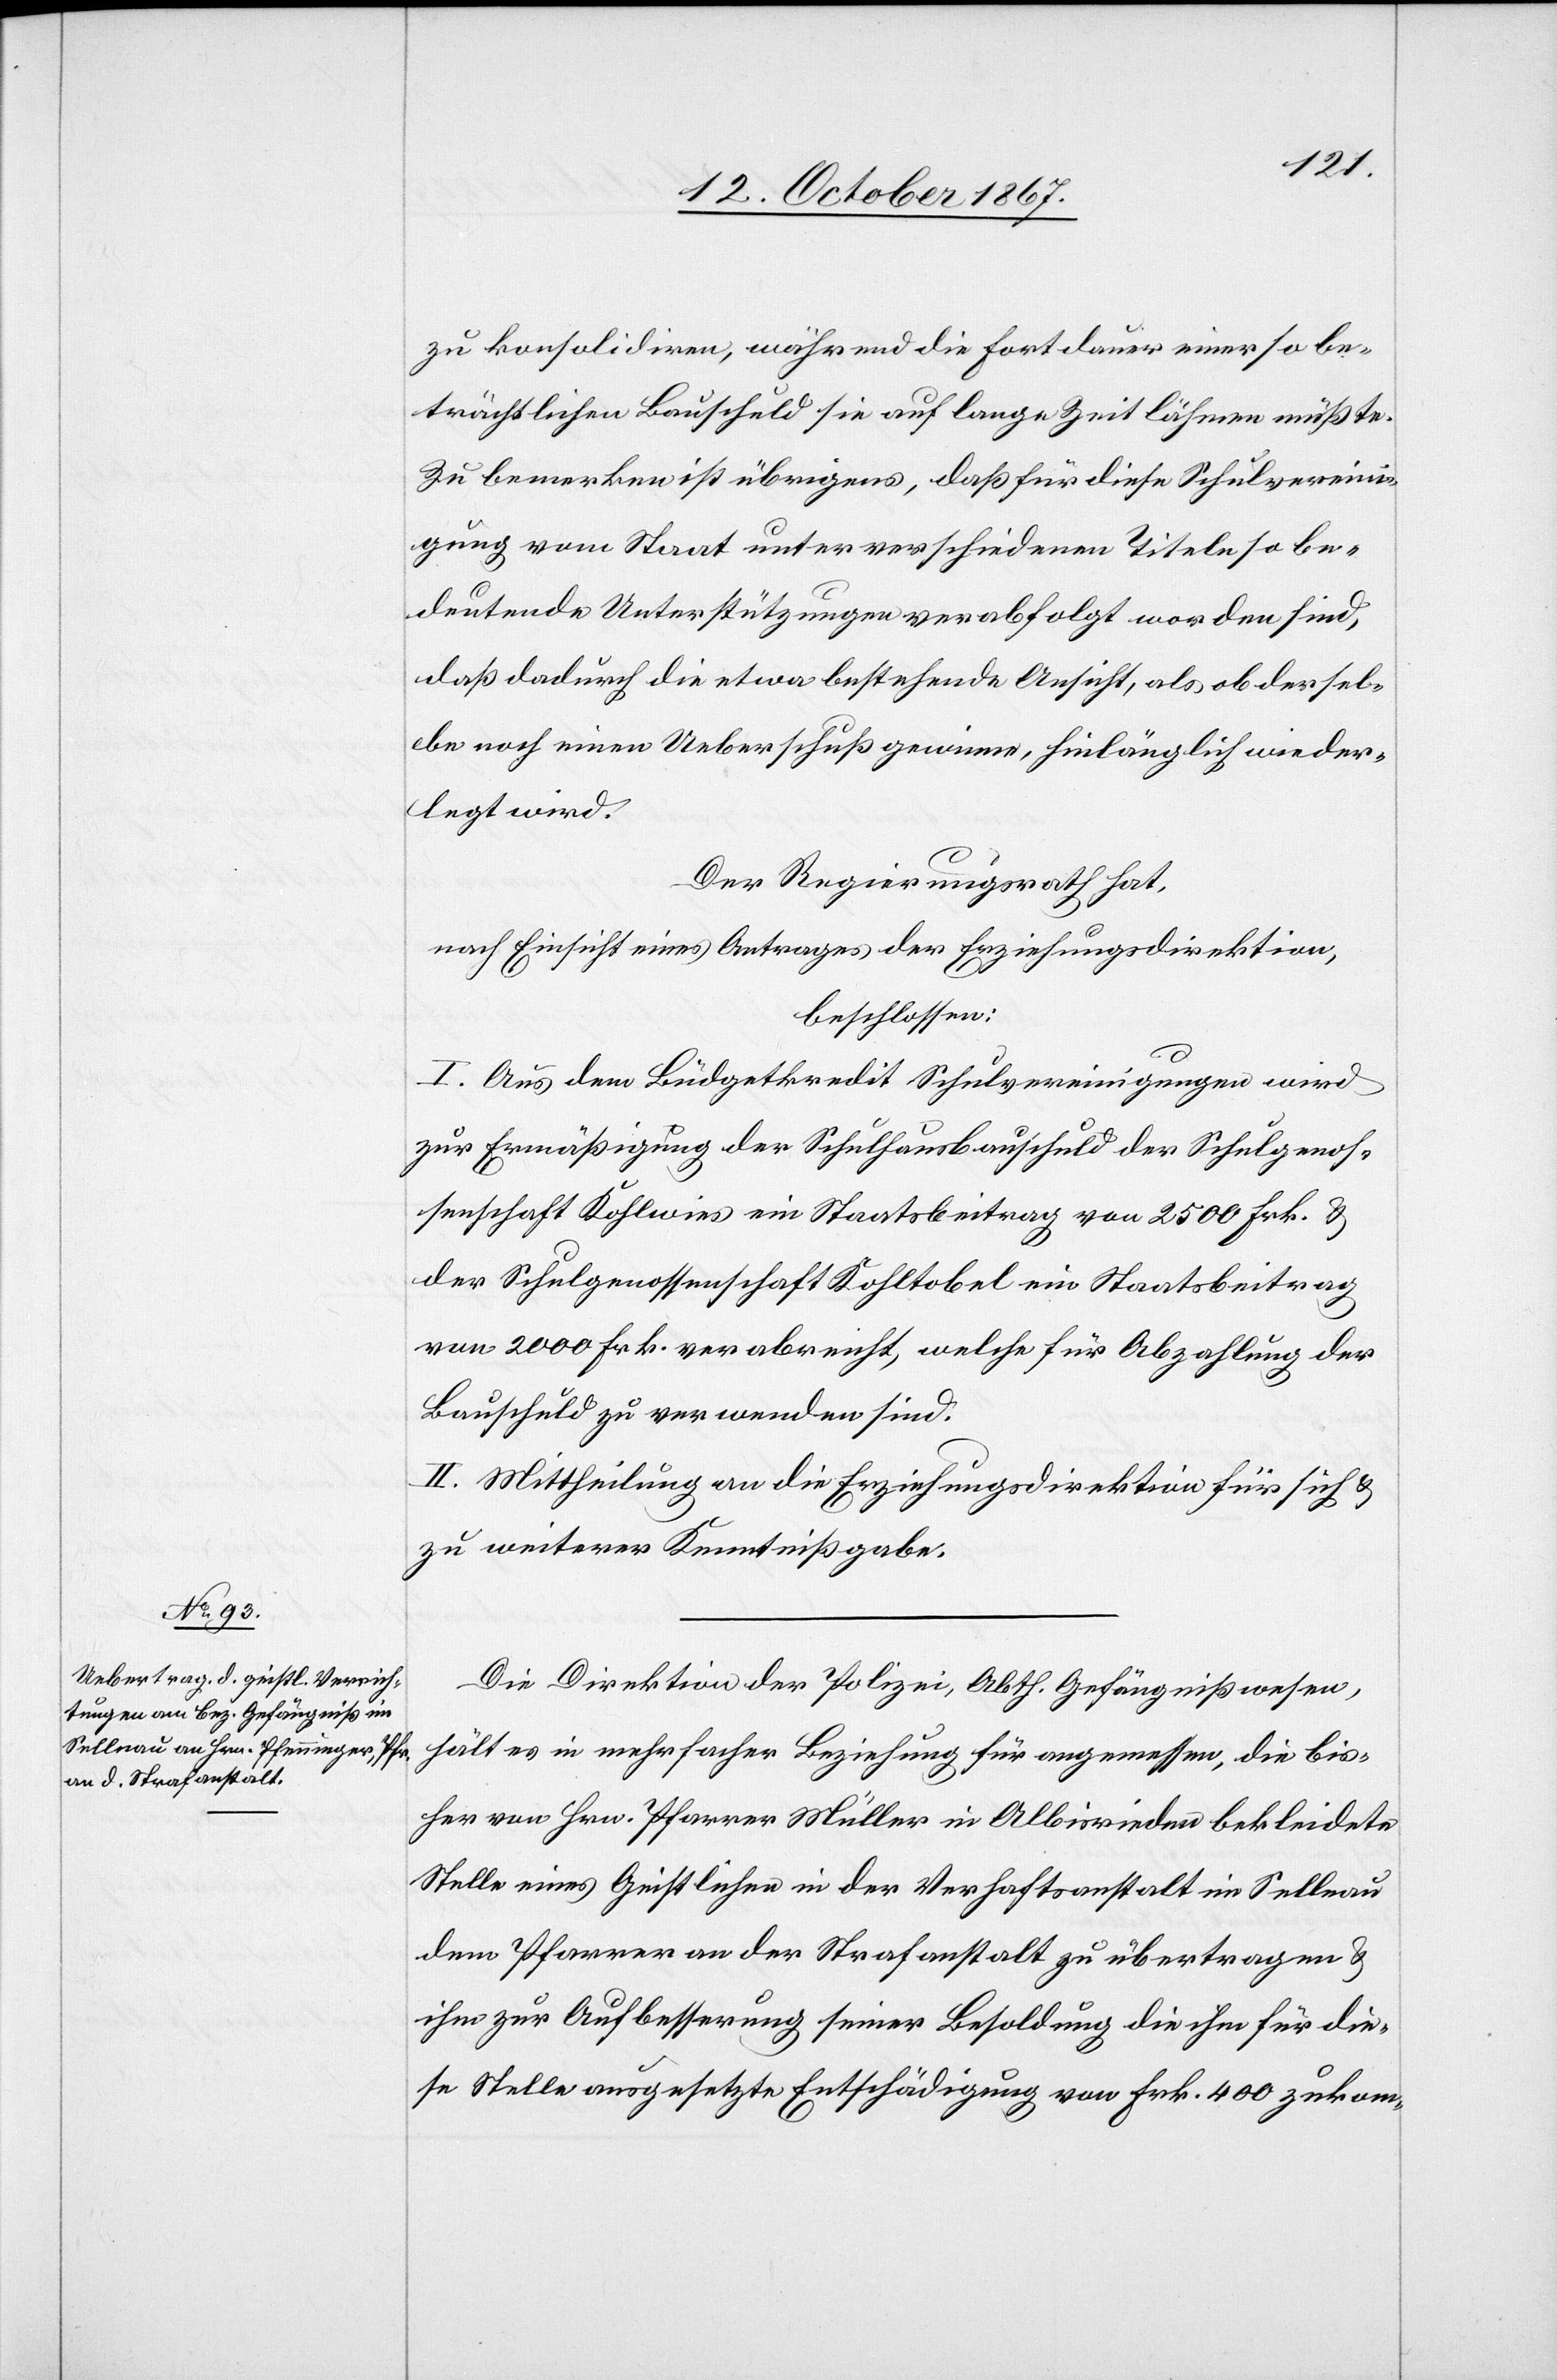
sei.
zu konsolidiren, während die Fortdauer so be¬
trächtlicher Bauschuld sie auf lange Zeit lähmen müßte.
Zu bemerken ist übrigens, daß für diese Schulvereini¬
gung vom Staat unter verschiedenen Titeln so be¬
deutende Unterstützungen verabfolgt worden sind,
daß dadurch die etwa bestehende Ansicht, als ob dersel¬
be noch einen Ueberschuß gewinne, hinlänglich wieder¬
Der Regierungsrath hat,
nach Einsicht eines Antrages der Erziehungsdirektion,
beschlossen:
I. Aus dem Büdgetkredit Schulvereinigungen wird
zur Ermäßigung der Schulhausbauschuld der Schulgenos¬
senschaften Kohlwies ein Staatsbeitrag von 2500 Frk. u.
der Schulgenossenschaft Kohltobel ein Staatsbeitrag
von 2000 Frk. verabreicht, welche für Abzahlung der
Bauschuld zu verwenden sind.
zu weiterer Kenntnißgabe.
Die Direktion der Polizei, Abth. Gefängnißwesen,
hält es in mehrfacher Beziehung für angemessen, die bis¬
her von Hrn. Pfarrer Müller in Albisrieden bekleidete
Stelle eines Geistlichen in der Verhaftsanstalt im Sellnau
dem Pfarrer an der Strafanstalt zu übertragen u.
ihm zur Aufbesserung seiner Besoldung die ihm für die¬
se Stelle ausgesetzte Entschädigung von Frk. 400 zukom-